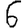
Digit: 6